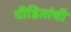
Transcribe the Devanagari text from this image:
पीडितांची